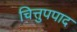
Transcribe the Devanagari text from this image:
चित्तुपपाद